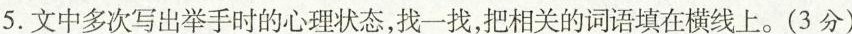
5.文中多次写出举手时的心理状态，找一找，把相关的词语填在横线上。(3分)